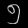
Digit: ၅